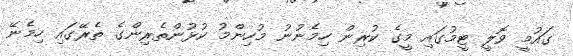
ގައުމީ ވޮލީ ޓީމުގައި މީގެ ކުރިން ހިމެނުނު މުހިންމު ކުޅުންތެރިންގެ ތެރޭގައި ހިމެނޭ